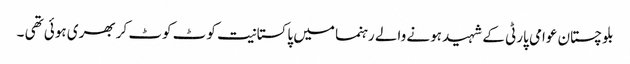
بلوچستان عوامی پارٹی کے شہید ہونے والے رہنما میں پاکستانیت کوٹ کوٹ کر بھری ہوئی تھی ۔